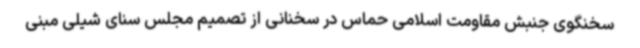
سخنگوی جنبش مقاومت اسلامی حماس در سخنانی از تصمیم مجلس سنای شیلی مبنی